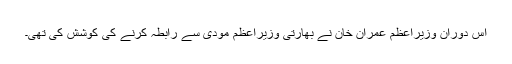
اس دوران وزیراعظم عمران خان نے بھارتی وزیراعظم مودی سے رابطہ کرنے کی کوشش کی تھی۔